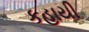
કહાયી